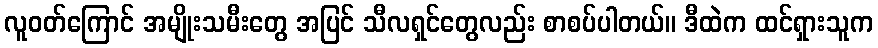
လူဝတ်ကြောင် အမျိုးသမီးတွေ အပြင် သီလရှင်တွေလည်း စာစပ်ပါတယ်။ ဒီထဲက ထင်ရှားသူက